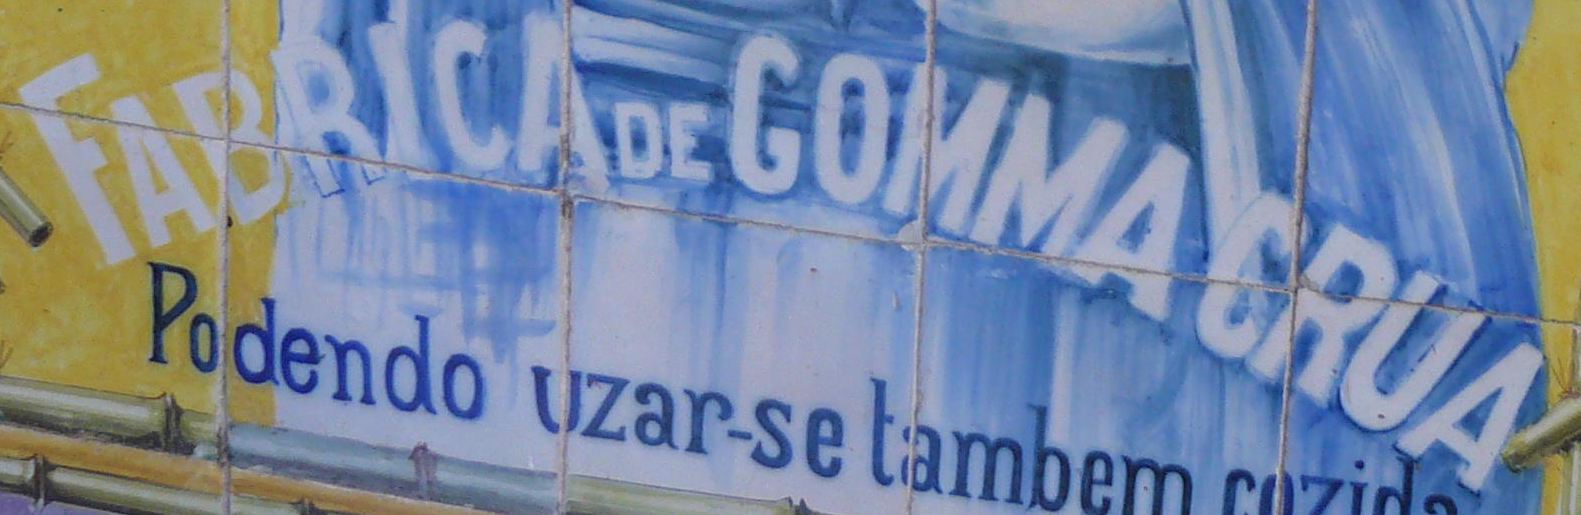
FABRICADEGOMMACRUA